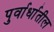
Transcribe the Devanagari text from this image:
पुर्वार्धातील